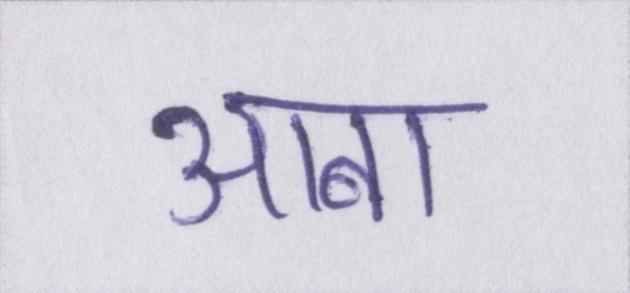
आबा